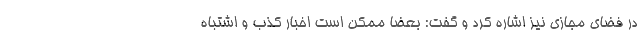
در فضای مجازی نیز اشاره کرد و گفت: بعضا ممکن است اخبار کذب و اشتباه